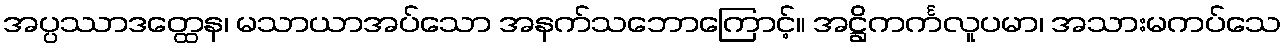
အပ္ပဿာဒတ္ထေန၊ မသာယာအပ်သော အနက်သဘောကြောင့်။ အဋ္ဌိကင်္ကလူပမာ၊ အသားမကပ်သေ